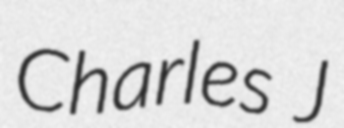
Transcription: Charles J